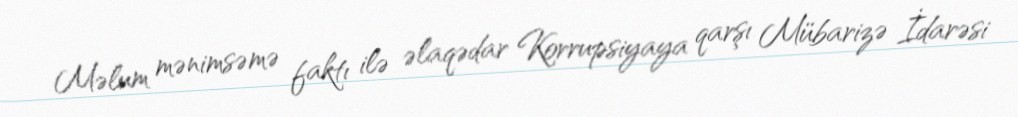
Məlum mənimsəmə faktı ilə əlaqədar Korrupsiyaya qarşı Mübarizə İdarəsi